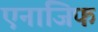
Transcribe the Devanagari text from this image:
एनाजिफ